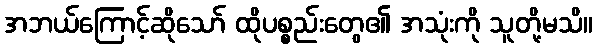
အဘယ်ကြောင့်ဆိုသော် ထိုပစ္စည်းတွေ၏ အသုံးကို သူတို့မသိ။